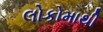
લોકોમાથી